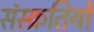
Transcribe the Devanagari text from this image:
संस्क्रतियों